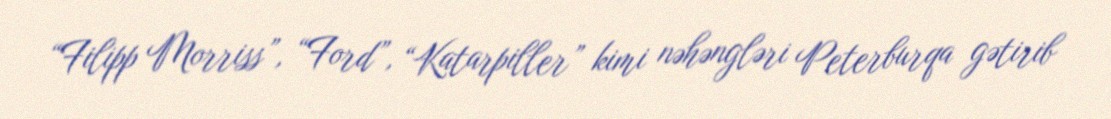
“Filipp Morriss”, “Ford”, “Katarpiller” kimi nəhəngləri Peterburqa gətirib